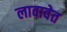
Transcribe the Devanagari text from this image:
लावावेत